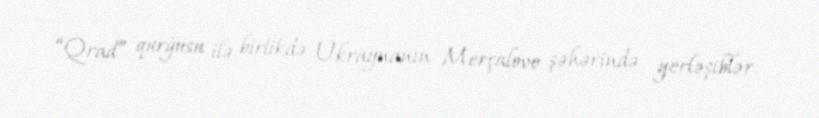
“Qrad” qurğusu ilə birlikdə Ukraynanın Merçalovo şəhərində yerləşiblər.